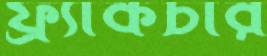
ফ্র্যাকচার